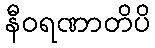
နီဝရဏာတိပိ